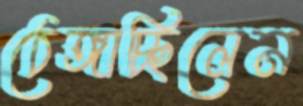
ঠেঙ্গাচ্ছিলেন